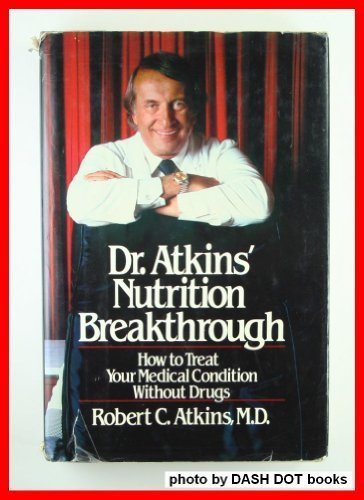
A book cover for Dr. Atkins' Nutrition Breakthrough: How to Treat Your Medical Condition Without Drugs; Robert C. Atkins; Health, Fitness & Dieting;